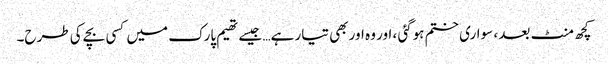
کچھ منٹ بعد ، سواری ختم ہوگئی ، اور وہ اور بھی تیار ہے… جیسے تھیم پارک میں کسی بچے کی طرح۔